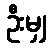
ဦးမျှ